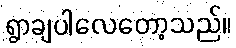
ရွာချပါလေတော့သည်။